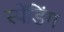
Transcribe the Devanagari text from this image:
स्पेंडिंग